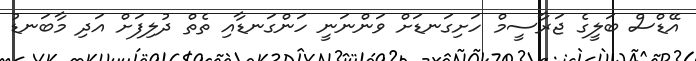
އޭޑްސް ބަލީގެ ޖަރާސީމް ހަށިގަނޑަށް ވަންނަނީ ހަންގަނޑާއި ތެތް ދުލިފަށް އަދި މާބަނޑު